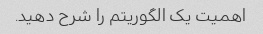
اهمیت یک الگوریتم را شرح دهید.